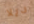
ديلا